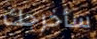
سأخرجك